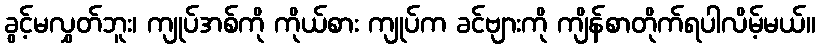
ခွင့်မလွှတ်ဘူး၊ ကျုပ်အစ်ကို ကိုယ်စား ကျုပ်က ခင်ဗျားကို ကျိန်စာတိုက်ရပါလိမ့်မယ်။